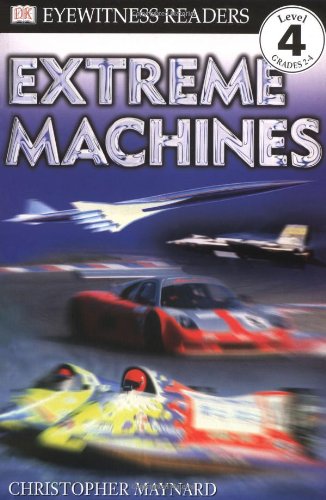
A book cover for DK Readers: Extreme Machines (Level 4: Proficient Readers); Christopher Maynard; Children's Books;